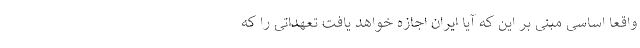
واقعا اساسی مبنی بر این که آیا ایران اجازه خواهد یافت تعهداتی را که